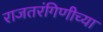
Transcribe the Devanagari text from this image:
राजतरंगिणीच्या